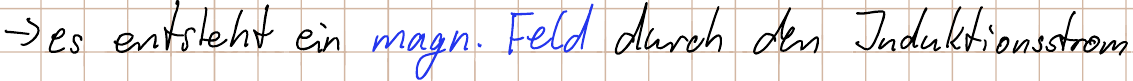
-> es entsteht ein magn. Feld durch den Induktionsstrom